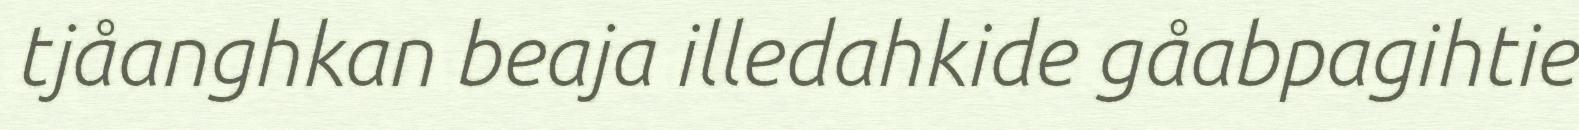
tjåanghkan beaja illedahkide gåabpagihtie